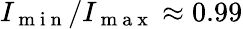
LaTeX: I_{\mathrm{~m~i~n~}}/I_{\mathrm{~m~a~x~}}\approx 0.99